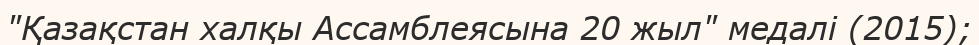
"Қазақстан халқы Ассамблеясына 20 жыл" медалі (2015);